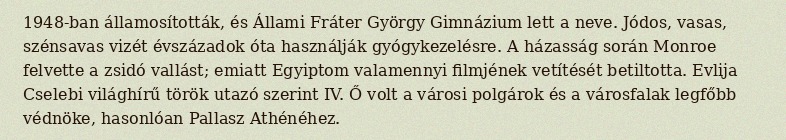
1948-ban államosították, és Állami Fráter György Gimnázium lett a neve. Jódos, vasas, szénsavas vizét évszázadok óta használják gyógykezelésre. A házasság során Monroe felvette a zsidó vallást; emiatt Egyiptom valamennyi filmjének vetítését betiltotta. Evlija Cselebi világhírű török utazó szerint IV. Ő volt a városi polgárok és a városfalak legfőbb védnöke, hasonlóan Pallasz Athénéhez.